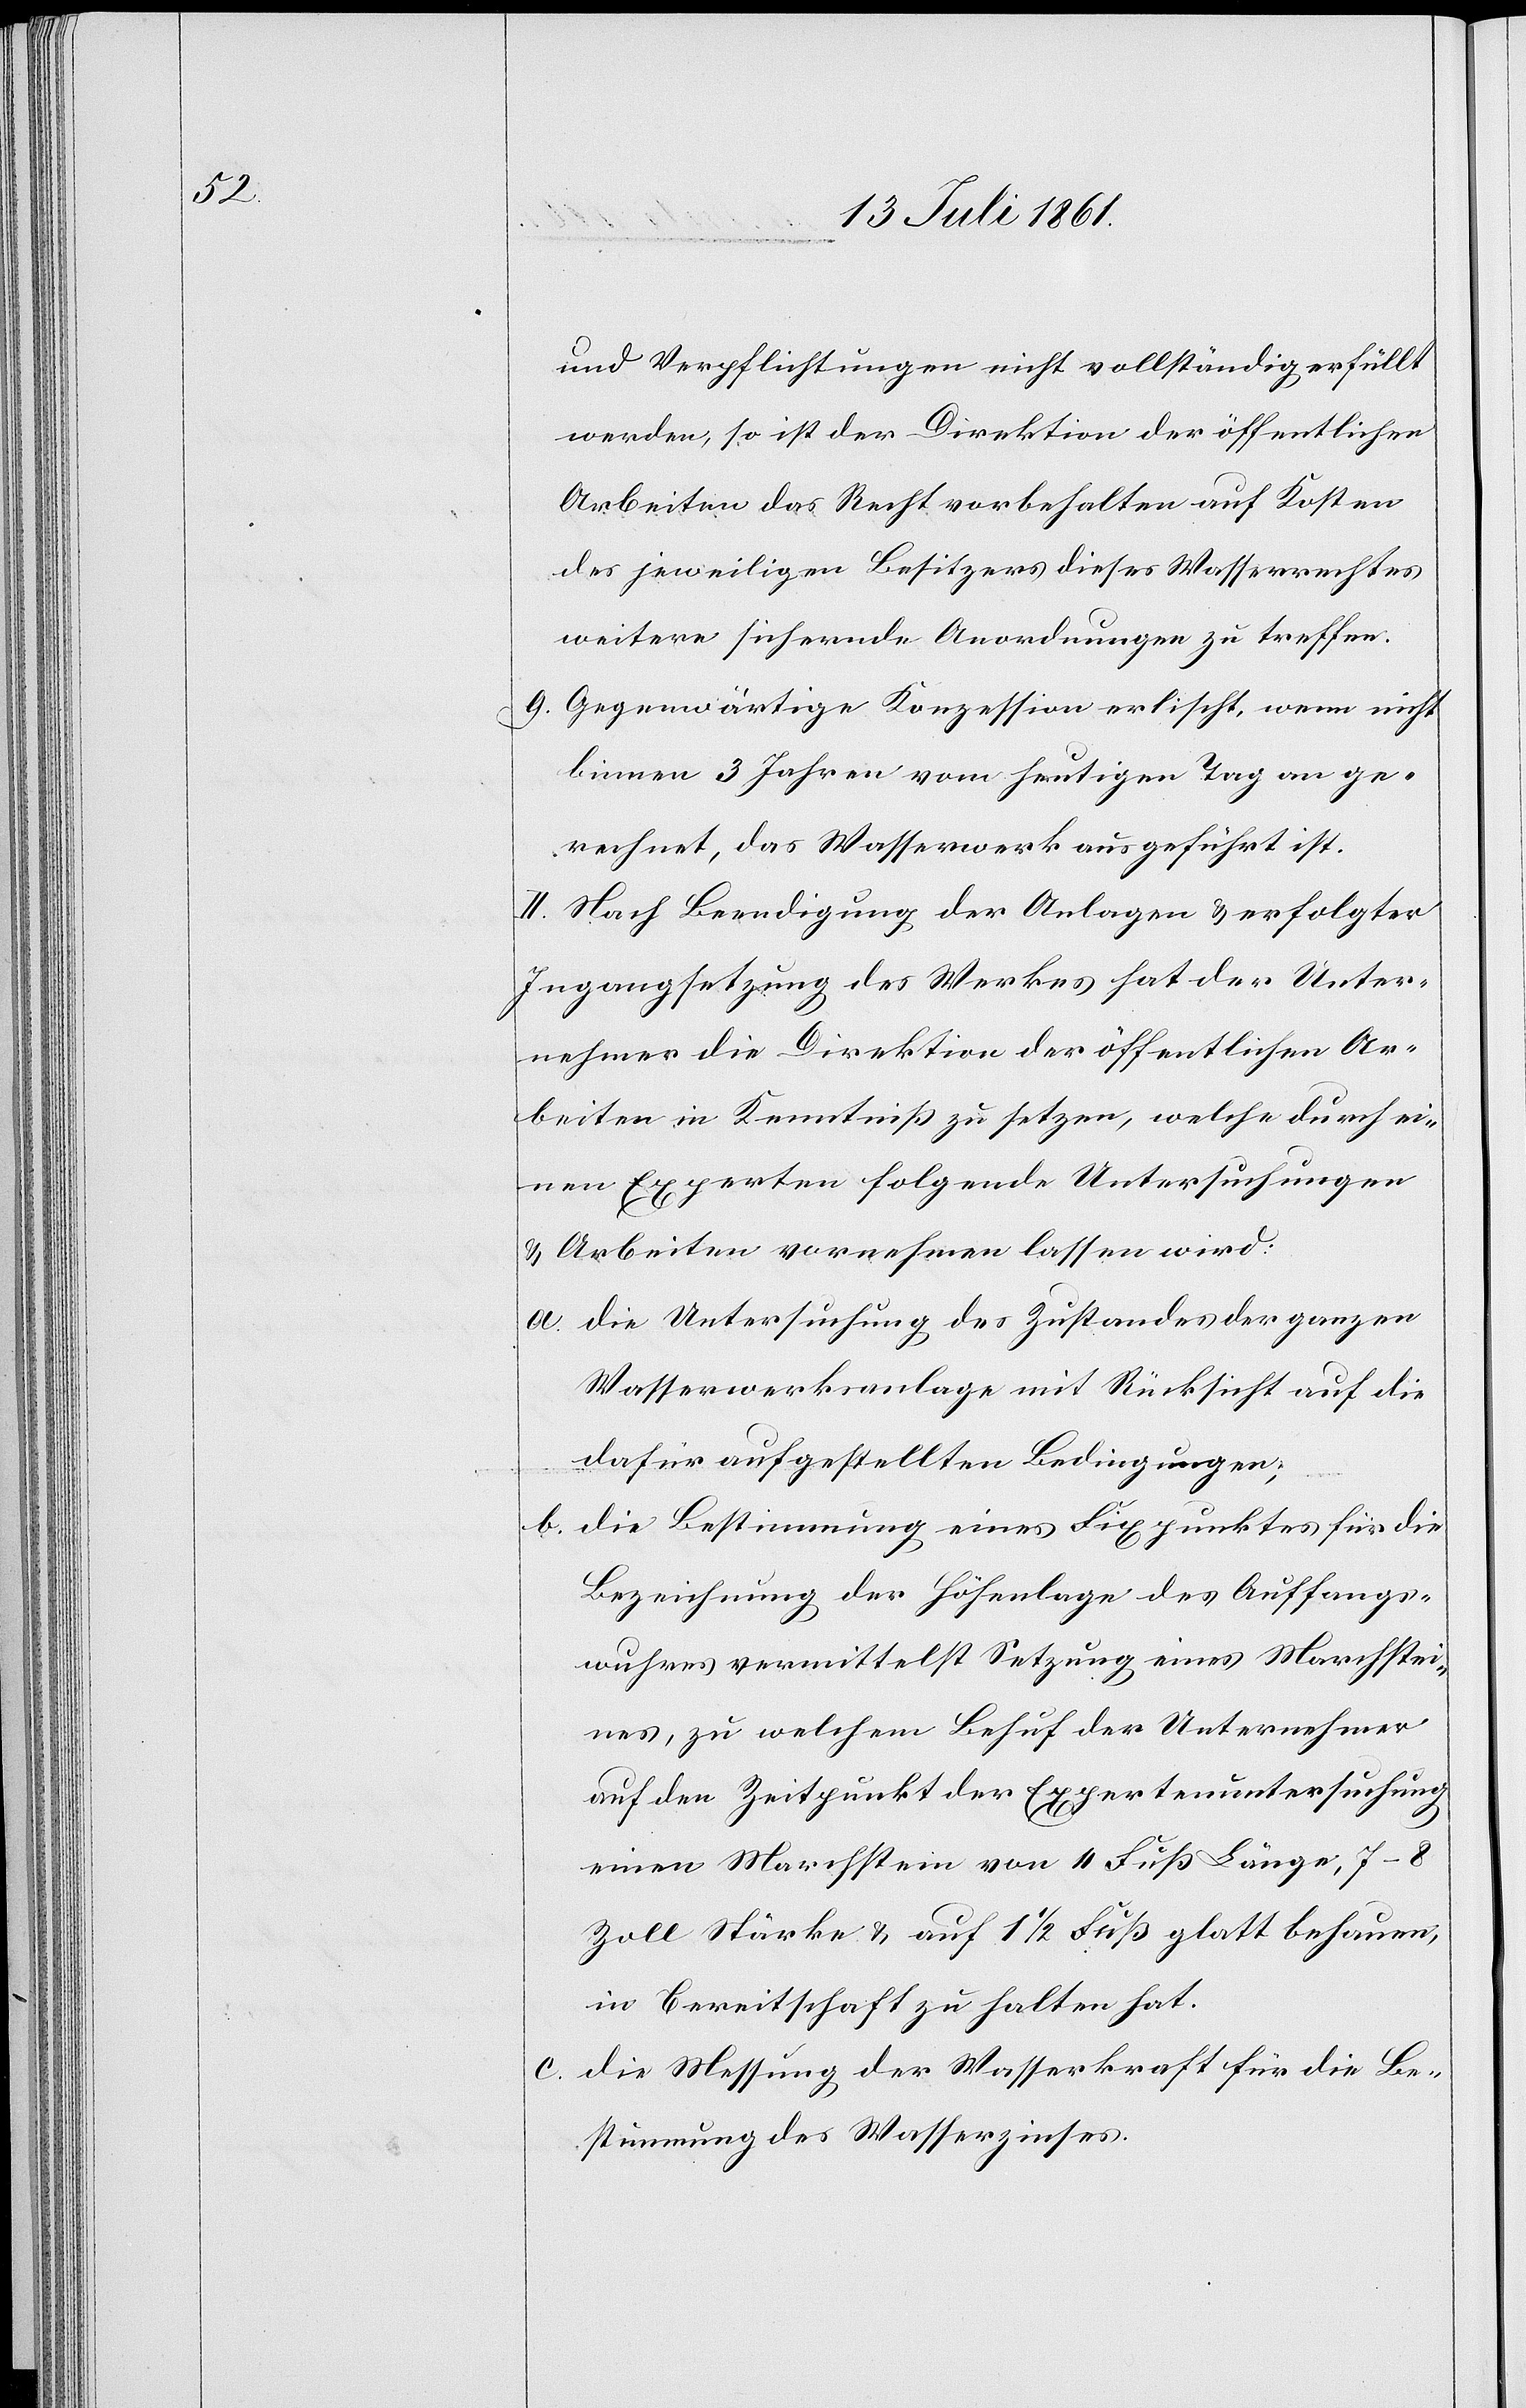
und Verpflichtungen nicht vollständig erfüllt
werden, so ist der Direktion der öffentlichen
Arbeiten das Recht vorbehalten auf Kosten
des jeweiligen Besitzers dieses Wasserrechtes
weitere sichernde Anordnungen zu treffen.
9. Gegenwärtige Konzession erlischt, wenn nicht
binnen 3 Wochen vom heutigen Tage an ge¬
rechnet, das Wasserwerk ausgeführt ist.
II. Nach Beendigung der Anlagen u. erfolgter
Ingangsetzung des Werkes hat der Unter¬
nehmer die Direktion der öffentlichen Ar¬
beiten in Kenntniß zu setzen, welche durch ei¬
nen Experten folgende Untersuchungen
u. Arbeiten vornehmen lassen wird:
a. Die Untersuchung des Zustandes der ganzen
Wasserwerksanlage mit Rücksicht auf die
dafür aufgestellten Bedingungen;
b. Die Bestimmung eines Fixpunktes für die
Bezeichnung der Höhenlage des Auffangs¬
wuhres vermittelst Setzung eines Marchstei¬
nes, zu welchem Behuf der Unternehmer
auf den Zeitpunkt der Expertenuntersuchung
einen Marchstein von 4 Fuß Länge, 7–8
Zoll Stärke u. auf 1 1/2 Fuß glatt behauen,
in Bereitschaft zu halten hat.
c. Die Messung der Wasserkraft für die Be¬
stimmung des Wasserzinses.